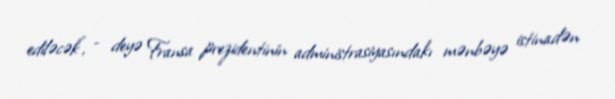
ediləcək”, - deyə Fransa prezidentinin administrasiyasındakı mənbəyə istinadən